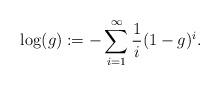
LaTeX: \begin{align*}\log (g):= - \sum_{i=1}^{\infty} \frac{1}{i} (1-g)^i.\end{align*}